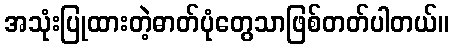
အသုံးပြုထားတဲ့ဓာတ်ပုံတွေသာဖြစ်တတ်ပါတယ်။